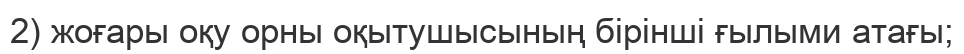
2) жоғары оқу орны оқытушысының бірінші ғылыми атағы;